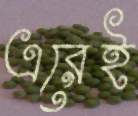
এরেই